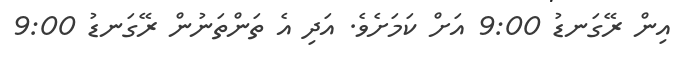
އިން ރޭގަނޑު 9:00 އަށް ކަމަށެވެ. އަދި އެ ތަންތަނުން ރޭގަނޑު 9:00